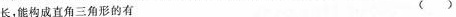
长，能构成直角三角形的有 ()